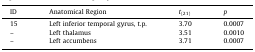
| ID | Anatomical Region | t(21) | p |
 | --- | --- | --- | --- |
 | 15 | Left inferior temporal gyrus, t.p. | 3.70 | 0.0007 |
 | – | Left thalamus | 3.51 | 0.0010 |
 | – | Left accumbens | 3.71 | 0.0007 |